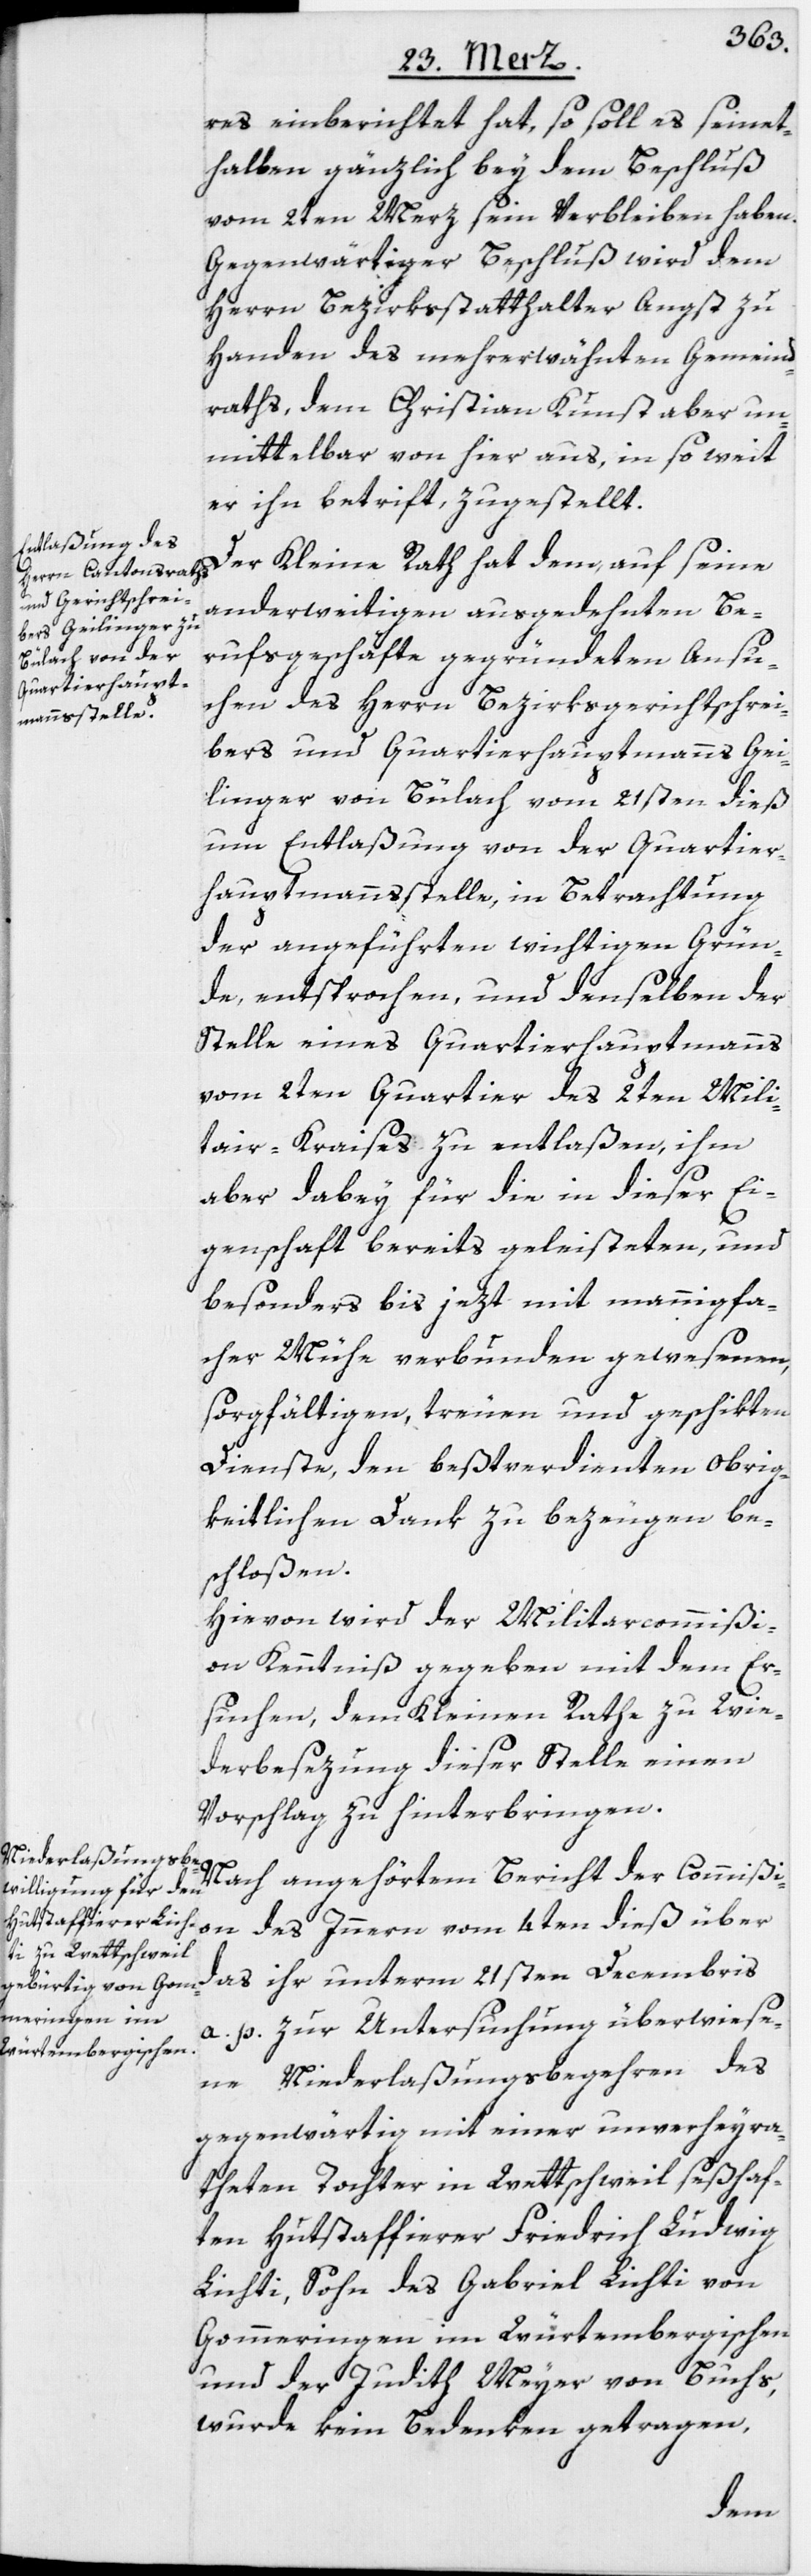
res einberichtet hat, so soll es seinet¬
halben gänzlich bey dem Beschluß
vom 2ten Merz sein Verbleiben haben.
Gegenwärtiger Beschluß wird dem
Herrn Bezirksstatthalter Angst zu
Handen des mehrerwähnten Gemeind¬
raths, dem Christian Kunst aber un¬
mittelbar von hier aus, in so weit
er ihn betrift, zugestellt.
Der Kleine Rath hat dem, auf seine
anderweitigen ausgedehnten Be¬
rufsgeschäfte gegründeten Ansu¬
chen des Herrn Bezirksgerichtschrei¬
bers und Quartierhauptmanns Gei¬
linger von Bülach vom 21sten dieß
um Entlaßung von der Quartier¬
hauptmannsstelle, in Betrachtung
der angeführten wichtigen Grün¬
de, entsprochen, und denselben der
Stelle eines Quartierhauptmanns
vom 2ten Quartier des 2ten Mili¬
tair-Kreises zu entlaßen, ihm
aber dabey für die in dieser Ei¬
genschaft bereits geleisteten, und
besonders bis jezt mit mannigfa¬
cher Mühe verbunden gewesenen,
sorgfältigen, treuen und geschikten
Dienste, den beßtverdienten Obrig¬
keitlichen Dank zu bezeugen be¬
schloßen.
Hievon wird der Militarcommißi¬
on Kenntniß gegeben mit dem Er¬
suchen, dem Kleinen Rathe zu Wie¬
derbesezung dieser Stelle einen
Vorschlag zu hinterbringen.
Nach angehörtem Bericht der Commißi¬
on des Innern vom 4ten dieß über
das ihr unterm 21sten Decembris
a. p. zur Untersuchung überwiese¬
ne Niederlaßungsbegehren des
gegenwärtig mit einer unverheyra¬
theten Tochter in Wettschweil seßhaf¬
ten Hutstaffierer Friedrich Ludwig
Lichti, Sohn des Gabriel Lichti von
Gommeringen im Würtembergischen
und der Judith Meyer von Buchs,
wurde kein Bedenken getragen,